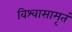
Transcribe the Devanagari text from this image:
विश्वासामृतं